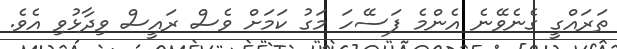
ތަރައްގީ ގެނެވޭނެ އެންމެ ފަސޭހަ މަގު ކަމަށް ވެސް ރައީސް ވިދާޅުވި އެވެ.